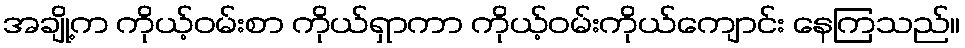
အချို့က ကိုယ့်ဝမ်းစာ ကိုယ်ရှာကာ ကိုယ့်ဝမ်းကိုယ်ကျောင်း နေကြသည်။